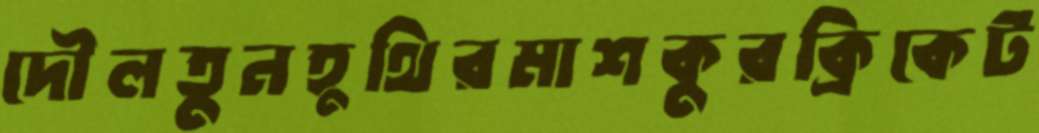
দৌলতুনহুথিরমাশকুরক্রিকেট